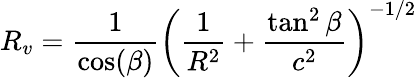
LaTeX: R_{v}=\frac{1}{\cos(\beta)}\left(\frac{1}{R^{2}}+\frac{\tan^{2}\beta}{c^{2}}\right)^{-1/2}